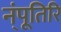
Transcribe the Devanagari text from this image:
न्ंपूतिरि